Civil Veterinary Dept. Bombay admin report 1900-1906 - 1900-1906
Year: 1900
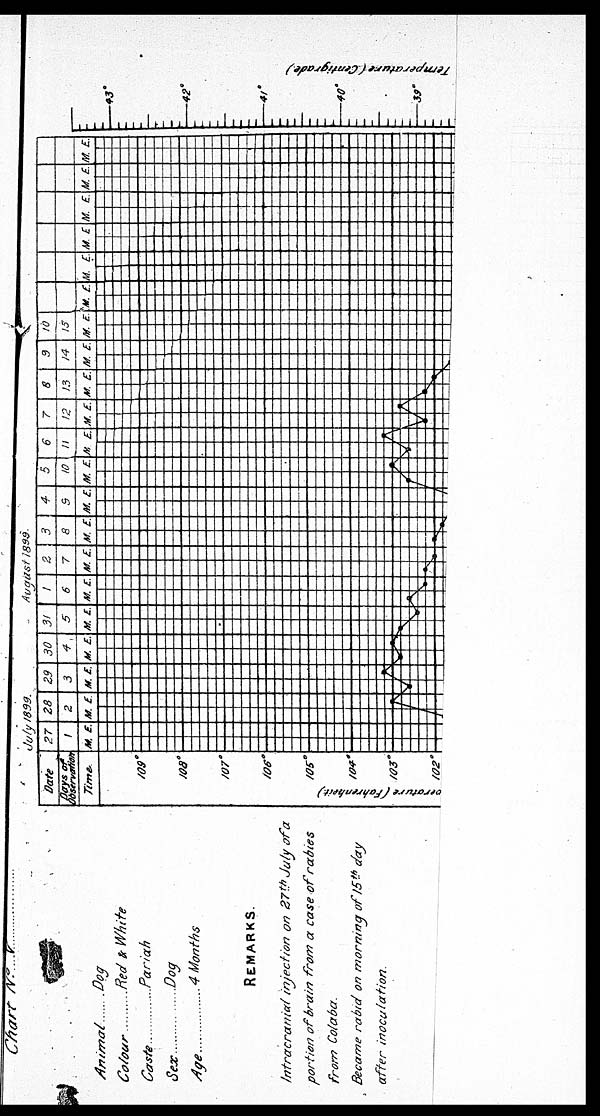
Chart No. V
Animal .....
Colour .....
Caste ......
Sex
Age ......
..Dog
...Red & White
..Pariah
Dog
4 Months
REMARKS.
Intracranial injection on 27 th July of a
portion of brain from a case of rabies
from Colaba.
Became rabid on morning of 15 th day
after
inoculation.